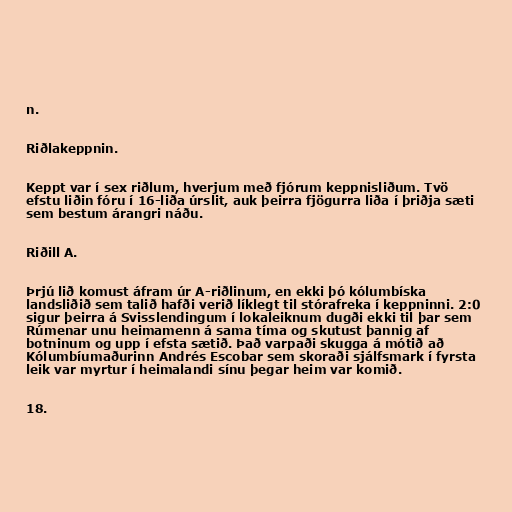
n.

Riðlakeppnin.

Keppt var í sex riðlum, hverjum með fjórum keppnisliðum. Tvö
efstu liðin fóru í 16-liða úrslit, auk þeirra fjögurra liða í þriðja sæti
sem bestum árangri náðu.

Riðill A.

Þrjú lið komust áfram úr A-riðlinum, en ekki þó kólumbíska
landsliðið sem talið hafði verið líklegt til stórafreka í keppninni. 2:0
sigur þeirra á Svisslendingum í lokaleiknum dugði ekki til þar sem
Rúmenar unu heimamenn á sama tíma og skutust þannig af
botninum og upp í efsta sætið. Það varpaði skugga á mótið að
Kólumbíumaðurinn Andrés Escobar sem skoraði sjálfsmark í fyrsta
leik var myrtur í heimalandi sínu þegar heim var komið.

18.